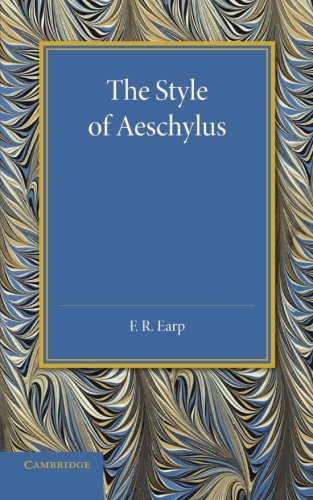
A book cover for The Style of Aeschylus; F. R. Earp; Literature & Fiction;